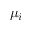
\mu _ { i }